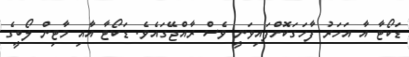
ޑަކޯޓާ އާ އަހަރު ފާހަގަކޮށްފައިވަނީ ވެސް ރާއްޖޭގައެވެ. ޑަކޯޓާ އާއި މާޓިން ލޯބީގެ